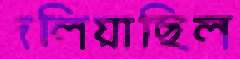
দলিয়াছিল